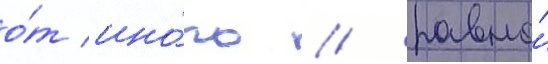
о́т ино́го / равно́